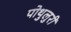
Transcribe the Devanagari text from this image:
पोथुलुरी